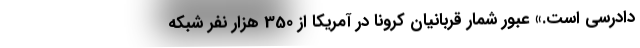
دادرسی است.» عبور شمار قربانیان کرونا در آمریکا از 350 هزار نفر شبکه